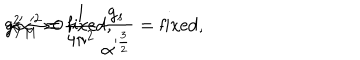
LaTeX: g _ { Y M } ^ { 2 } = { \frac { 1 } { 4 \pi ^ { 2 } } } { \frac { g _ { s } } { \alpha ^ { \frac { 3 } { 2 } } } } = \mathrm { f i x e d } , \hspace { 2 m m } \mu \alpha ^ { 2 } = \mathrm { f i x e d } , \hspace { 2 m m } \alpha ^ { \prime } \to 0